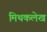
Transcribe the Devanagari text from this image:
मिथकलेख